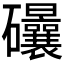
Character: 𥘀